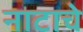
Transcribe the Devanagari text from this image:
नाटाचे